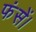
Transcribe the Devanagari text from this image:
फंसें।